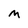
Character: m